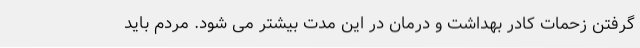
گرفتن زحمات کادر بهداشت و درمان در این مدت بیشتر می شود. مردم باید